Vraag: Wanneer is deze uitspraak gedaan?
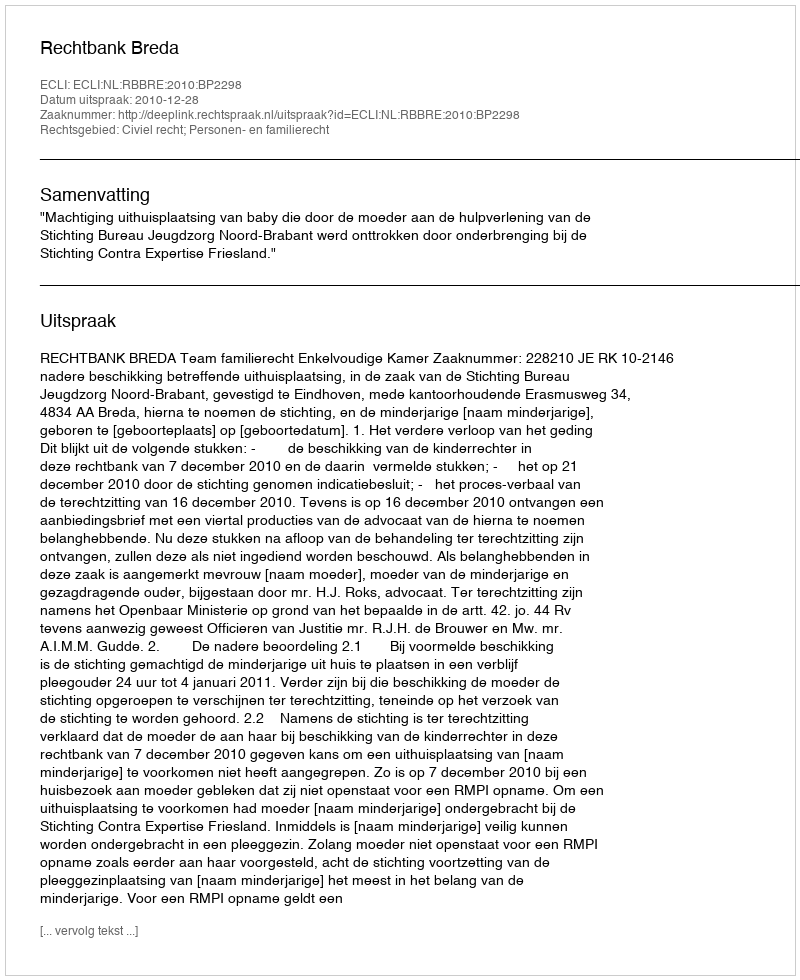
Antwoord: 2010-12-28